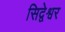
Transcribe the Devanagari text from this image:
सिद्वेश्वर